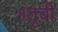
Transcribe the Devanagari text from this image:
॥तूची